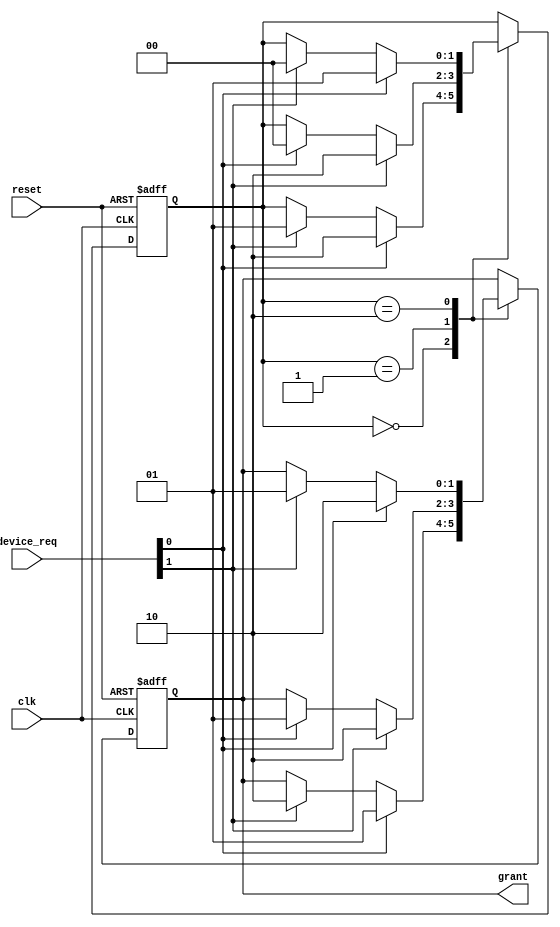
module SerialArbiter (
    input wire clk,
    input wire reset,
    input wire [3:0] device_req,
    output reg [1:0] grant
);

reg [1:0] priority;

always @ (posedge clk or posedge reset) begin
    if (reset) begin
        priority <= 2'b00;
        grant <= 2'b00;
    end else begin
        case (priority)
            2'b00: begin
                if (device_req[0] == 1'b1) begin
                    priority <= 2'b10;
                    grant <= 2'b01;
                end else if (device_req[1] == 1'b1) begin
                    priority <= 2'b01;
                    grant <= 2'b10;
                end
            end
            2'b01: begin
                if (device_req[1] == 1'b1) begin
                    priority <= 2'b10;
                    grant <= 2'b10;
                end else if (device_req[0] == 1'b1) begin
                    priority <= 2'b00;
                    grant <= 2'b01;
                end
            end
            2'b10: begin
                if (device_req[0] == 1'b1) begin
                    priority <= 2'b01;
                    grant <= 2'b10;
                end else if (device_req[1] == 1'b1) begin
                    priority <= 2'b00;
                    grant <= 2'b01;
                end
            end
        endcase
    end
end

endmodule